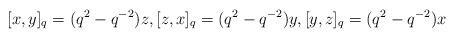
LaTeX: \begin{align*}[x,y]_q = (q^2-q^{-2})z,[z,x]_q = (q^2-q^{-2})y,[y,z]_q = (q^2-q^{-2})x\end{align*}